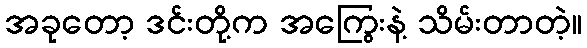
အခုတော့ ဒင်းတို့က အကြွေးနဲ့ သိမ်းတာတဲ့။